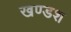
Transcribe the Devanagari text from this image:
खण्डश